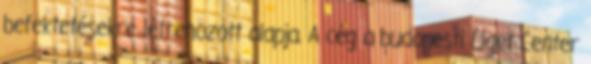
befektetésekre létrehozott alapja. A cég a budapesti Liget Center